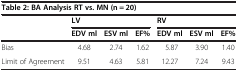
| <COLSPAN=7> Table 2: BA Analysis RT vs. MN (n = 20) |
 |  | <COLSPAN=3> LV | <COLSPAN=3> RV |
 |  | EDV ml | ESV ml | EF% | EDV ml | ESV ml | EF% |
 | --- | --- | --- | --- | --- | --- | --- |
 | Bias | 4.68 | 2.74 | 1.62 | 5.87 | 3.90 | 1.40 |
 | Limit of Agreement | 9.51 | 4.63 | 5.81 | 12.27 | 7.24 | 9.43 |